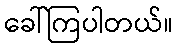
ခေါ်ကြပါတယ်။